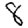
Digit: 8